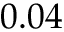
0 . 0 4